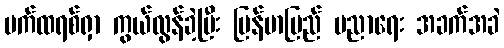
ပက်ထရစ်ရှာ ကွယ်လွန်ခဲ့ပြီး မြန်မာပြည် ပညာရေး အခက်အခဲ